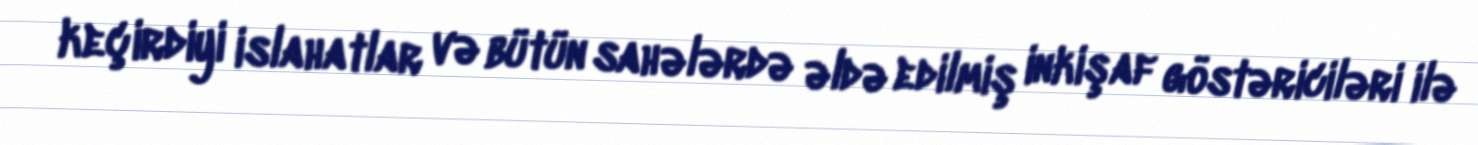
keçirdiyi islahatlar və bütün sahələrdə əldə edilmiş inkişaf göstəriciləri ilə